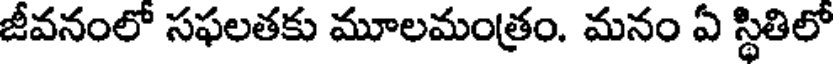
జీవనంలో సఫలతకు మూలమంత్రం. మనం ఏ స్థితిలో